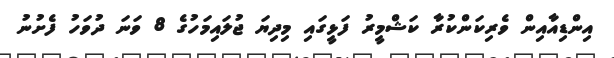
އިންޑިއާއިން ވެރިކަންކުރާ ކަޝްމީރު ފަޅީގައި މިދިޔަ ޖުލައިމަހުގެ 8 ވަނަ ދުވަހު ފެށުނު